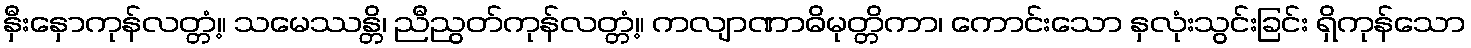
နှီးနှောကုန်လတ္တံ့။ သမေဿန္တိ၊ ညီညွတ်ကုန်လတ္တံ့။ ကလျာဏာဓိမုတ္တိကာ၊ ကောင်းသော နှလုံးသွင်းခြင်း ရှိကုန်သော